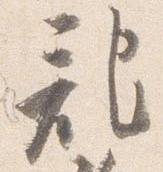
記